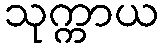
သုက္ကာယ